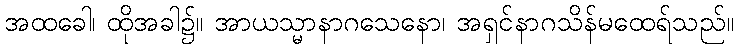
အထခေါ၊ ထိုအခါ၌။ အာယသ္မာနာဂသေနော၊ အရှင်နာဂသိန်မထေရ်သည်။